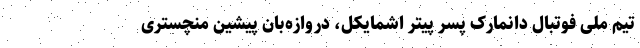
تیم ملی فوتبال دانمارک پسر پیتر اشمایکل، دروازه‌بان پیشین منچستری